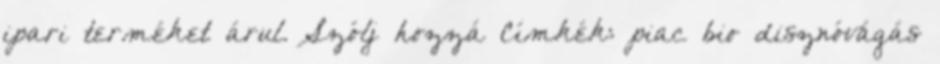
ipari terméket árul. Szólj hozzá Címkék: piac bio disznóvágás